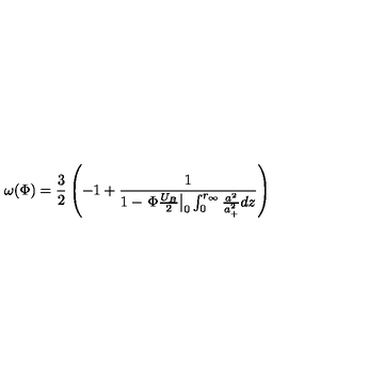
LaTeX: \omega ( \Phi ) = \frac { 3 } { 2 } \left( - 1 + \frac { 1 } { 1 - \left. \Phi \frac { U _ { B } } { 2 } \right| _ { 0 } \int _ { 0 } ^ { r _ { \infty } } \frac { a ^ { 2 } } { a _ { + } ^ { 2 } } d z } \right)